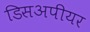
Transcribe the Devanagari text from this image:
डिसअपीयर